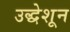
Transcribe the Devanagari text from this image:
उद्धेशून